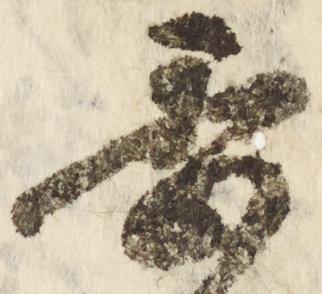
季